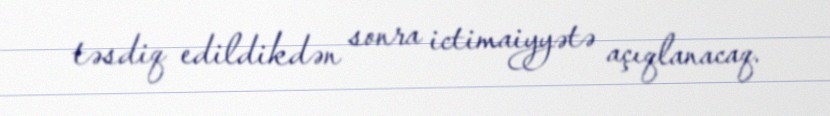
təsdiq edildikdən sonra ictimaiyyətə açıqlanacaq.